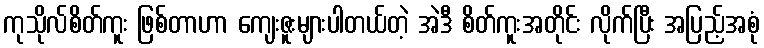
ကုသိုလ်စိတ်ကူး ဖြစ်တာဟာ ကျေးဇူးများပါတယ်တဲ့ အဲဒီ စိတ်ကူးအတိုင်း လိုက်ပြီး အပြည့်အစုံ